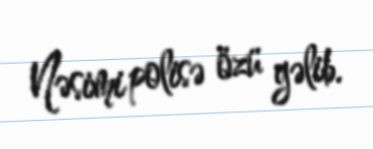
Nəsimi polisə özü gəlib.